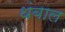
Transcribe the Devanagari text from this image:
थंबाल